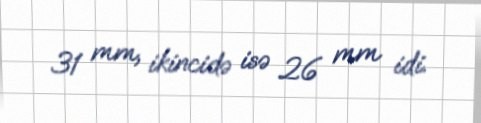
31 mm, ikincidə isə 26 mm idi.